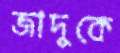
জাদুকে